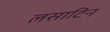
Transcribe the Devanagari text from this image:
लसाटिन